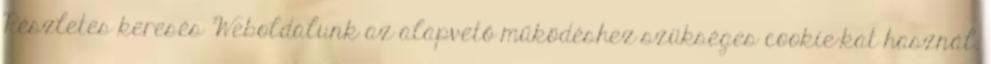
Részletes keresés Weboldalunk az alapvető működéshez szükséges cookie-kat használ.